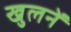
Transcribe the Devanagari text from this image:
खुलनें